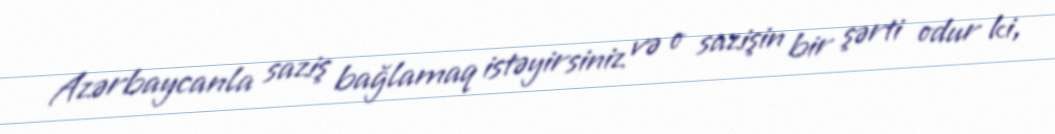
Azərbaycanla saziş bağlamaq istəyirsiniz və o sazişin bir şərti odur ki,